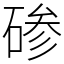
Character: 碜